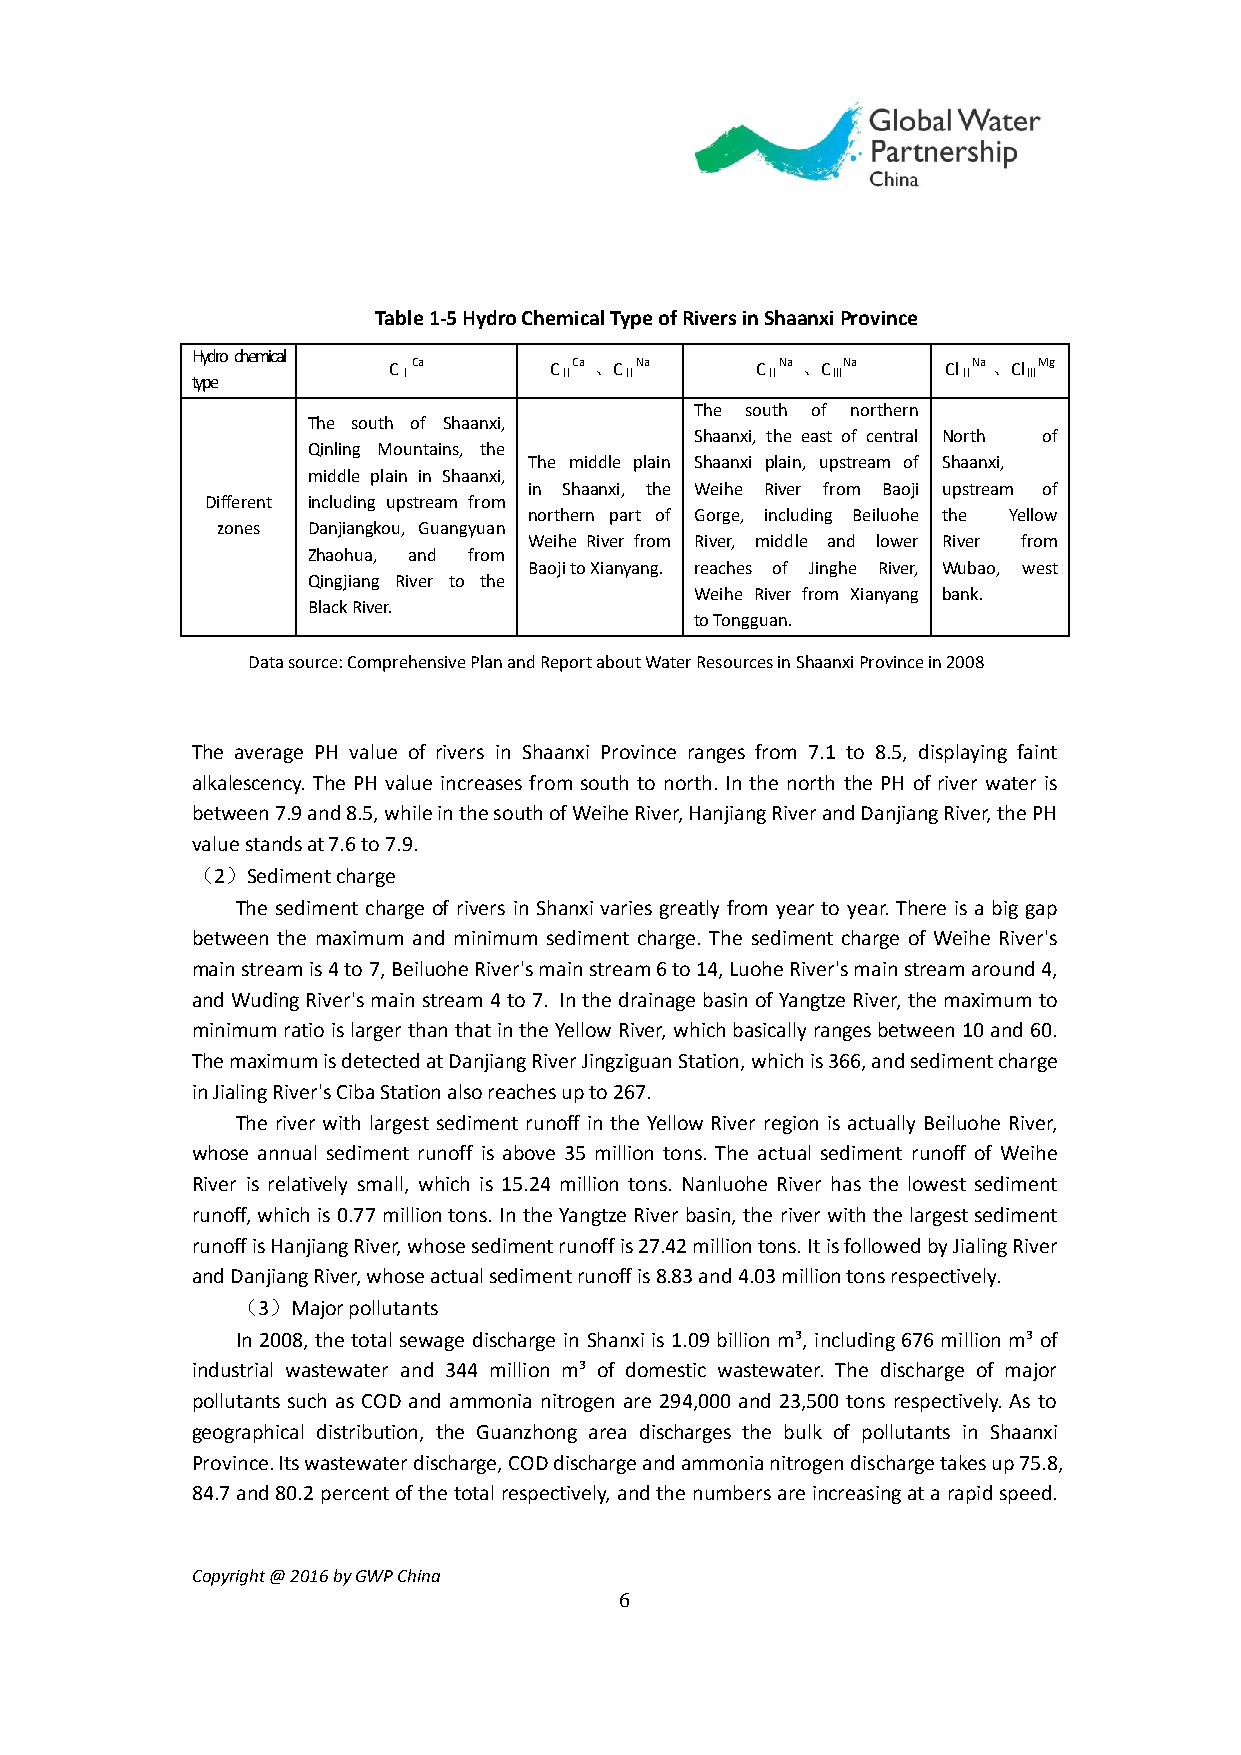
Table 1-5 Hydro Chemical Type of Rivers in Shaanxi Province
 Hydro chemical
 CⅠCa      CⅡCa 、CⅡNa    CⅡNa 、CⅢNa   ClⅡNa 、ClⅢMg
 type
 The south of northern
 The south of Shaanxi,
 Shaanxi, the east of central North of
 Qinling Mountains, the
 The middle plain Shaanxi plain, upstream of Shaanxi,
 middle plain in Shaanxi,
 in Shaanxi, the Weihe River from Baoji upstream of
 Different including upstream from
 northern part of Gorge, including Beiluohe the Yellow
 zones Danjiangkou, Guangyuan
 Weihe River from River, middle and lower River from
 Zhaohua, and from
 Baoji to Xianyang. reaches of Jinghe River, Wubao, west
 Qingjiang River to the
 Weihe River from Xianyang bank.
 Black River.
 to Tongguan.
 Data source: Comprehensive Plan and Report about Water Resources in Shaanxi Province in 2008
 The average PH value of rivers in Shaanxi Province ranges from 7.1 to 8.5, displaying faint
 alkalescency. The PH value increases from south to north. In the north the PH of river water is
 between 7.9 and 8.5, while in the south of Weihe River, Hanjiang River and Danjiang River, the PH
 value stands at 7.6 to 7.9.
 （2）Sediment charge
 The sediment charge of rivers in Shanxi varies greatly from year to year. There is a big gap
 between the maximum and minimum sediment charge. The sediment charge of Weihe River's
 main stream is 4 to 7, Beiluohe River's main stream 6 to 14, Luohe River's main stream around 4,
 and Wuding River's main stream 4 to 7. In the drainage basin of Yangtze River, the maximum to
 minimum ratio is larger than that in the Yellow River, which basically ranges between 10 and 60.
 The maximum is detected at Danjiang River Jingziguan Station, which is 366, and sediment charge
 in Jialing River's Ciba Station also reaches up to 267.
 The river with largest sediment runoff in the Yellow River region is actually Beiluohe River,
 whose annual sediment runoff is above 35 million tons. The actual sediment runoff of Weihe
 River is relatively small, which is 15.24 million tons. Nanluohe River has the lowest sediment
 runoff, which is 0.77 million tons. In the Yangtze River basin, the river with the largest sediment
 runoff is Hanjiang River, whose sediment runoff is 27.42 million tons. It is followed by Jialing River
 and Danjiang River, whose actual sediment runoff is 8.83 and 4.03 million tons respectively.
 （3）Major pollutants
 In 2008, the total sewage discharge in Shanxi is 1.09 billion m³, including 676 million m³ of
 industrial wastewater and 344 million m³ of domestic wastewater. The discharge of major
 pollutants such as COD and ammonia nitrogen are 294,000 and 23,500 tons respectively. As to
 geographical distribution, the Guanzhong area discharges the bulk of pollutants in Shaanxi
 Province. Its wastewater discharge, COD discharge and ammonia nitrogen discharge takes up 75.8,
 84.7 and 80.2 percent of the total respectively, and the numbers are increasing at a rapid speed.
 Copyright @ 2016 by GWP China
 6